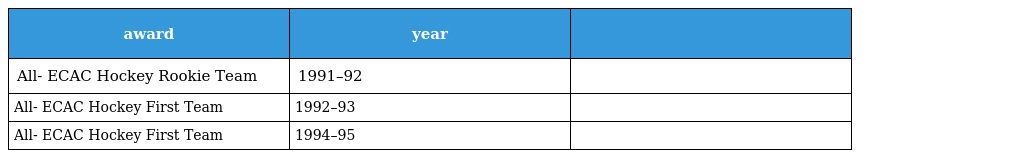
| award | year |  |
 | --- | --- | --- |
 | All- ECAC Hockey Rookie Team | 1991–92 |  |
 | All- ECAC Hockey First Team | 1992–93 |  |
 | All- ECAC Hockey First Team | 1994–95 |  |